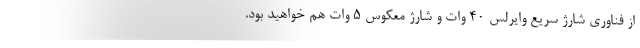
از فناوری شارژ سریع وایرلس 40 وات و شارژ معکوس ۵ وات هم خواهید بود.